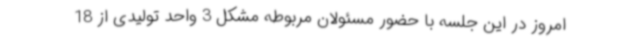
امروز در این جلسه با حضور مسئولان مربوطه مشکل 3 واحد تولیدی از 18